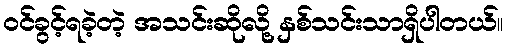
ဝင်ခွင့်ရခဲ့တဲ့ အသင်းဆိုလို့ နှစ်သင်းသာရှိပါတယ်။